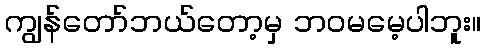
ကျွန်တော်ဘယ်တော့မှ ဘဝမမေ့ပါဘူး။